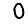
Digit: 0